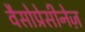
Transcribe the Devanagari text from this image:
वैसोप्रेसीनेज़